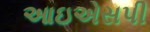
આઇએસપી